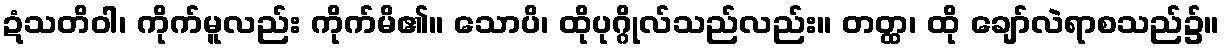
ဍံသတိဝါ၊ ကိုက်မူလည်း ကိုက်မိ၏။ သောပိ၊ ထိုပုဂ္ဂိုလ်သည်လည်း။ တတ္ထ၊ ထို ချော်လဲရာစသည်၌။